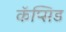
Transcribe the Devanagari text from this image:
कॅप्सिड